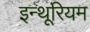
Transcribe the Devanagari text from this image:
इन्थूरियम